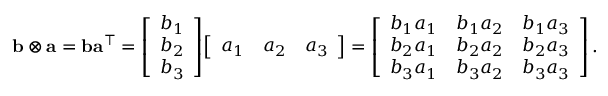
\mathbf { b } \otimes \mathbf { a } = \mathbf { b } \mathbf { a } ^ { \intercal } = { \left[ \begin{array} { l } { b _ { 1 } } \\ { b _ { 2 } } \\ { b _ { 3 } } \end{array} \right] } { \left[ \begin{array} { l l l } { a _ { 1 } } & { a _ { 2 } } & { a _ { 3 } } \end{array} \right] } = { \left[ \begin{array} { l l l } { b _ { 1 } a _ { 1 } } & { b _ { 1 } a _ { 2 } } & { b _ { 1 } a _ { 3 } } \\ { b _ { 2 } a _ { 1 } } & { b _ { 2 } a _ { 2 } } & { b _ { 2 } a _ { 3 } } \\ { b _ { 3 } a _ { 1 } } & { b _ { 3 } a _ { 2 } } & { b _ { 3 } a _ { 3 } } \end{array} \right] } \, .